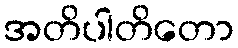
အတိပါတိတော